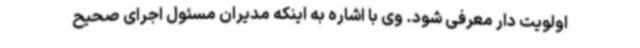
اولویت دار معرفی شود. وی با اشاره به اینکه مدیران مسئول اجرای صحیح